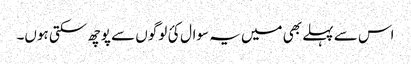
اس سے پہلے بھی میں یہ سوال کئ لوگوں سے پوچھ سکتی ہوں۔